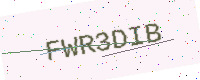
Text: FWR3DIB